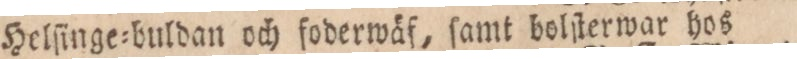
Helſinge=buldan och foderwäf, ſamt bolſterwar hos